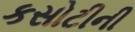
કસોટીની